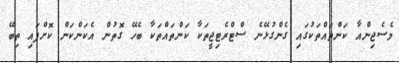
މެސެޖިންއާ ކަންތައްތަކުގައި ގެންގުޅޭނެ ސްޓްރެޓިޖީތަކާ ކަންތައްތަކާ ބެހޭ ގޮތުން އެކަންކަން ކޮށްފައި ތިބޭ